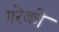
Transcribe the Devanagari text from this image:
गरेको